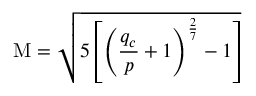
\mathrm { M } = { \sqrt { 5 \left[ \left( { \frac { q _ { c } } { p } } + 1 \right) ^ { \frac { 2 } { 7 } } - 1 \right] } }